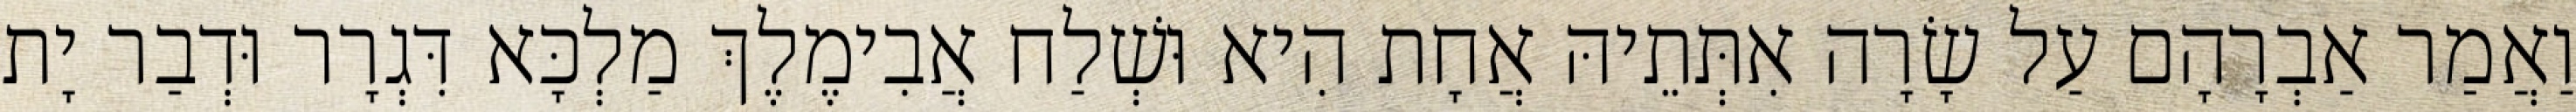
וַאֲמַר אַבְרָהָם עַל שָׂרָה אִתְּתֵיהּ אֲחָת הִיא וּשְׁלַח אֲבִימֶלֶךְ מַלְכָּא דִּגְרָר וּדְבַר יָת